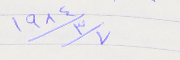
١٩٨٤/٣/٧